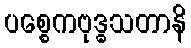
ပစ္စေကဗုဒ္ဓသတာနိ